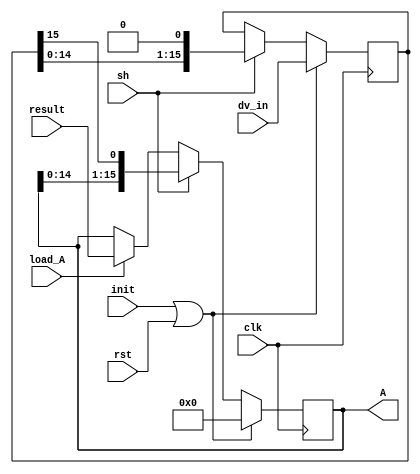
module lsr_div (clk, rst, dv_in, result, init, sh, load_A, A);
	input clk;
	input rst;
	input [15:0] dv_in; // Dividendo de entrada.
	input [15:0] result;
	input init;
	input sh;
	input load_A;
	output reg [15:0] A;

	reg [15:0] dv; // Dividendo.

	always @(negedge clk) // Verificar: actualizacion de A antes de corrimiento?
		if(init || rst) begin
			A = 0;
			dv = dv_in;
		end
		else begin
			if(sh)
				{A,dv} = {A,dv} << 1;
			else begin
				if(load_A)
					A = result;
				else
					A = A;
			end
	end
endmodule